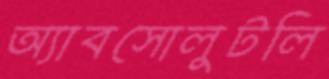
অ্যাবসোলুটলি